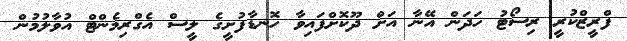
ފްރީޒްކުރީ ރިސޯޓު ހަދަން އޭނާ އަށް ދޫކޮށްފައިވާ ހޮނޑާފުށީގެ ލީސް އެގްރިމެންޓް އުވާލުމުން